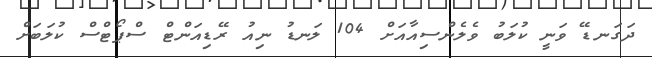
ދަގަނޑޭ ވަނީ ކުލަބު ވެލެންސިއާއަށް 104 ލަނޑު ނިއު ރޭޑިއަންޓް ސްޕޯޓްސް ކުލަބަށް